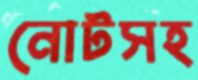
নোটসহ